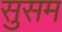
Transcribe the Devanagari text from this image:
सुसम